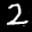
Label: 2